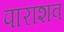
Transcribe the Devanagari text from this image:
पाराशव